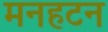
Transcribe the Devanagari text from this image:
मनहटन